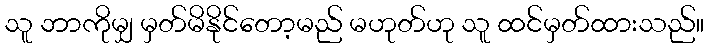
သူ ဘာကိုမျှ မှတ်မိနိုင်တော့မည် မဟုတ်ဟု သူ ထင်မှတ်ထားသည်။